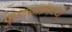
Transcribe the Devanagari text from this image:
कुणब्यांमध्ये